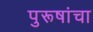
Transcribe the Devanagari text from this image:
पुरूषांचा